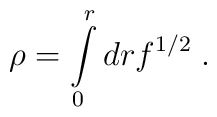
\rho = \int\limits_{0}^{r} drf^{1/2} \;.